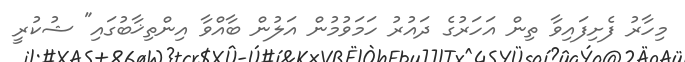
މިހާރު ފެށިފައިވާ ތިން އަހަރުގެ ދައުރު ހަމަވުމުން އަލުން ބާއްވާ އިންތިޚާބުގައި" ޝުކުރީ